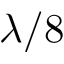
\lambda / 8